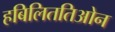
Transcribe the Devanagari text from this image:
हबिलिततिओन